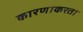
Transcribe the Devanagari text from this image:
कारणाकरता